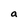
Character: a